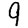
Digit: 9